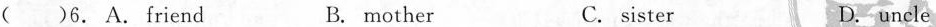
( )6. A.friend B. mother C. sister D.uncle